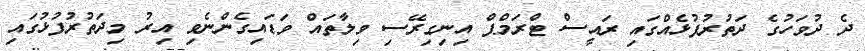
ދެ ދުވަހުގެ ދަތުރުފުޅެއްގައި ރައީސް ޓްރަމްޕް އިނިގިރޭސި ވިލާތައް ވަޑައިގެންނެވި އިރު މިދަތުރުފުޅުގައި